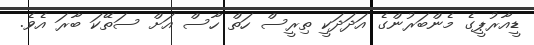
ޑީއާރުޕީގެ މެންބަރުންގެ އަދަދަކީ ތިރީސް ހަތް ހާސް އަށް ސަތޭކަ ބާރަ އެވެ.